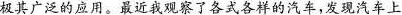
极其广泛的应用。最近我观察了各式各样的汽车，发现汽车上